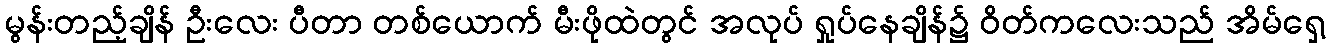
မွန်းတည့်ချိန် ဦးလေး ပီတာ တစ်ယောက် မီးဖိုထဲတွင် အလုပ် ရှုပ်နေချိန်၌ ဝိတ်ကလေးသည် အိမ်ရှေ့